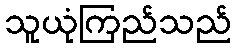
သူယုံကြည်သည်